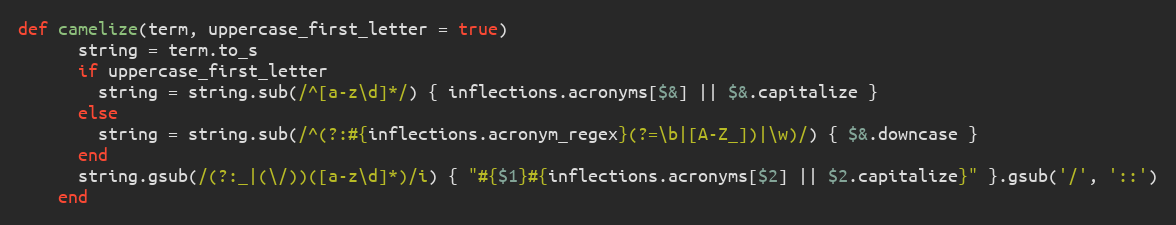
Language: Ruby
def camelize(term, uppercase_first_letter = true)
      string = term.to_s
      if uppercase_first_letter
        string = string.sub(/^[a-z\d]*/) { inflections.acronyms[$&] || $&.capitalize }
      else
        string = string.sub(/^(?:#{inflections.acronym_regex}(?=\b|[A-Z_])|\w)/) { $&.downcase }
      end
      string.gsub(/(?:_|(\/))([a-z\d]*)/i) { "#{$1}#{inflections.acronyms[$2] || $2.capitalize}" }.gsub('/', '::')
    end